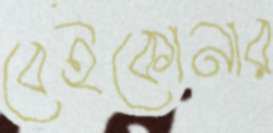
বেইকোনার